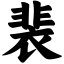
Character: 裴